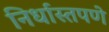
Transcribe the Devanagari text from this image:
निर्धास्तपणे